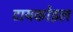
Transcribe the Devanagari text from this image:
टायकोइल